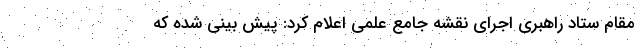
مقام ستاد راهبری اجرای نقشه جامع علمی اعلام کرد: پیش بینی شده که